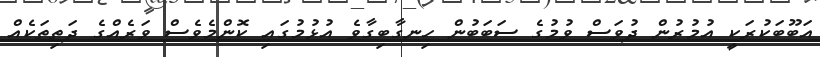
އަބޫބަކުރަކީ އުމުރުން ދުވަސް ވުމުގެ ސަބަބުން ހިނގާބިގާވެ އުޅުމުގައި ކޮންމެވެސް ވަރެއްގެ ދަތިތަކެއް